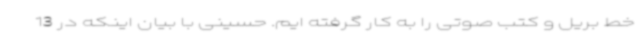
خط بریل و کتب صوتی را به کار گرفته ایم. حسینی با بیان اینکه در 13